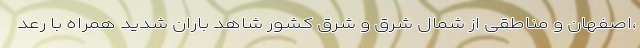
،اصفهان و مناطقی از شمال شرق و شرق کشور شاهد باران شدید همراه با رعد